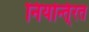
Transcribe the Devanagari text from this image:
नियन्ति्रत